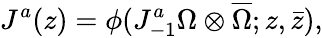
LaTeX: J^{a}(z)=\phi(J_{-1}^{a}\Omega\otimes\overline{{{\Omega}}};z,\bar{z}),